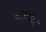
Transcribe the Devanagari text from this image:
अंतर्पिडा